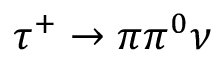
\tau ^ { + } \to \pi \pi ^ { 0 } \nu